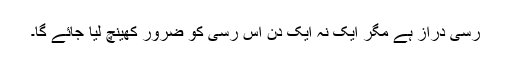
رسی دراز ہے مگر ایک نہ ایک دن اس رسی کو ضرور کھینچ لیا جائے گا۔